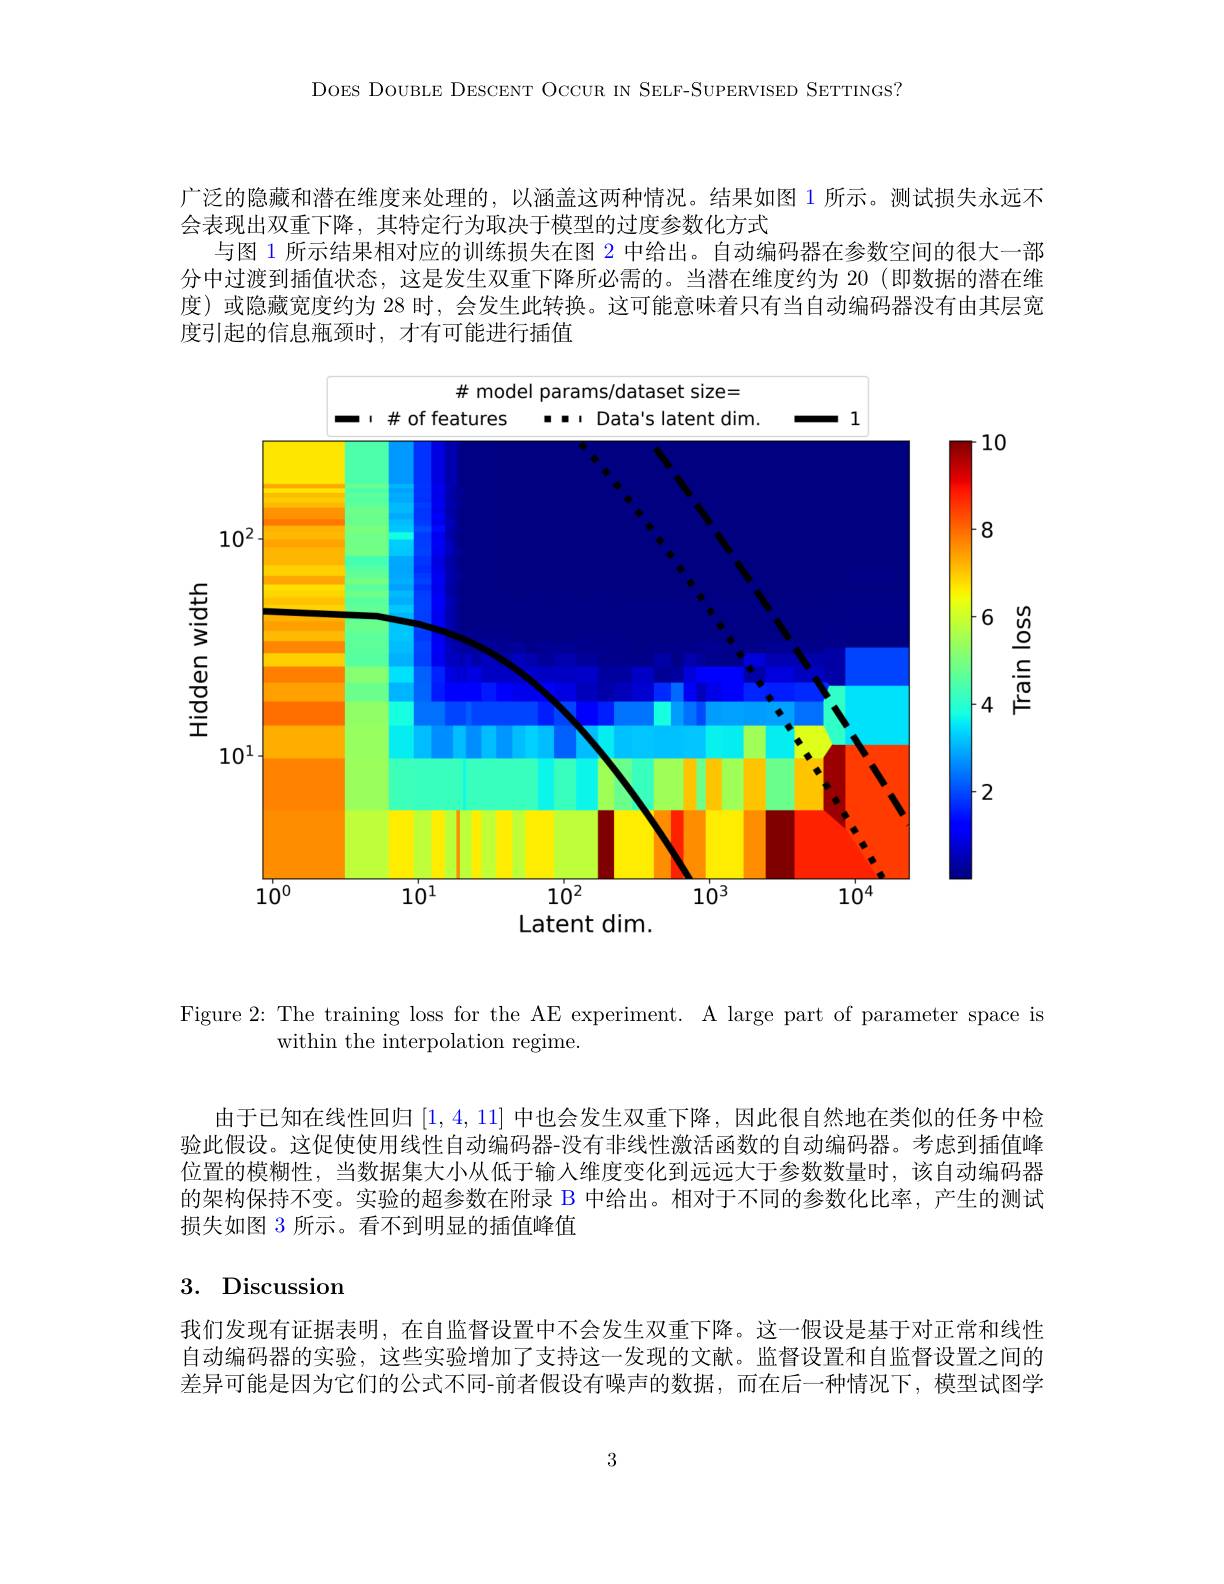
DOES DOUBLE DESCENT OCCUR IN SELF-SUPERVISED SETTINGS?

广泛的隐藏和潜在维度来处理的，以涵盖这两种情况。结果如图 1 所示。测试损失永远不
会表现出双重下降，其特定行为取决于模型的过度参数化方式
与图 1 所示结果相对应的训练损失在图 2 中给出。自动编码器在参数空间的很大一部分中过渡到插值状态，这是发生双重下降所必需的。当潜在维度约为 20(即数据的潜在维度)或隐藏宽度约为 28 时，会发生此转换。这可能意味着只有当自动编码器没有由其层宽度引起的信息瓶颈时，才有可能进行插值

# model params/dataset size=
<FigureHere>

$\underline{\undergroup{\undergroup{\upsilon\varrho}}}$
Hidden width
Latent dim.

Figure 2: The training loss for the AE experiment. A large part of parameter space is
within the interpolation regime.

由于已知在线性回归[1,4,11]中也会发生双重下降，因此很自然地在类似的任务中检验此假设。这促使使用线性自动编码器-没有非线性激活函数的自动编码器。考虑到插值峰位置的模糊性，当数据集大小从低于输人维度变化到远远大于参数数量时，该自动编码器的架构保持不变。实验的超参数在附录 B 中给出。相对于不同的参数化比率，产生的测试损失如图 3 所示。看不到明显的插值峰值

3. Discussion
我们发现有证据表明，在自监督设置中不会发生双重下降。这一假设是基于对正常和线性自动编码器的实验，这些实验增加了支持这一发现的文献。监督设置和自监督设置之间的差异可能是因为它们的公式不同-前者假设有噪声的数据，而在后一种情况下，模型试图学

3